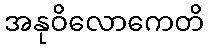
အနုဝိလောကေတိ